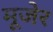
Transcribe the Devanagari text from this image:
मूजेर